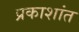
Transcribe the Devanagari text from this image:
प्रकाशांत